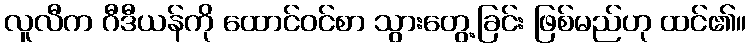
လူလီက ဂီဒီယန်ကို ထောင်ဝင်စာ သွားတွေ့ခြင်း ဖြစ်မည်ဟု ထင်၏။